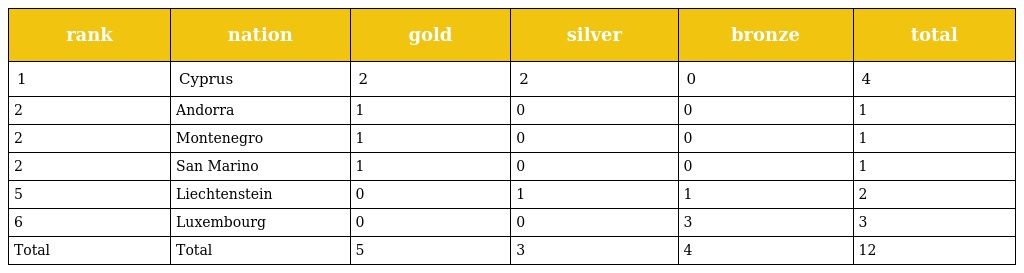
| rank | nation | gold | silver | bronze | total |
 | --- | --- | --- | --- | --- | --- |
 | 1 | Cyprus | 2 | 2 | 0 | 4 |
 | 2 | Andorra | 1 | 0 | 0 | 1 |
 | 2 | Montenegro | 1 | 0 | 0 | 1 |
 | 2 | San Marino | 1 | 0 | 0 | 1 |
 | 5 | Liechtenstein | 0 | 1 | 1 | 2 |
 | 6 | Luxembourg | 0 | 0 | 3 | 3 |
 | Total | Total | 5 | 3 | 4 | 12 |